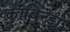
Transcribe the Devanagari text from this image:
काबिन्डा